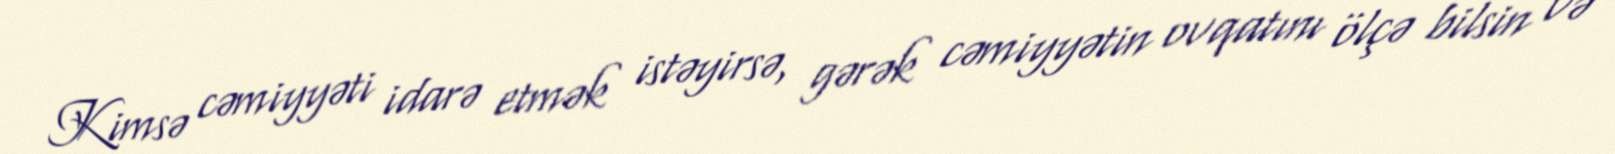
Kimsə cəmiyyəti idarə etmək istəyirsə, gərək cəmiyyətin ovqatını ölçə bilsin və